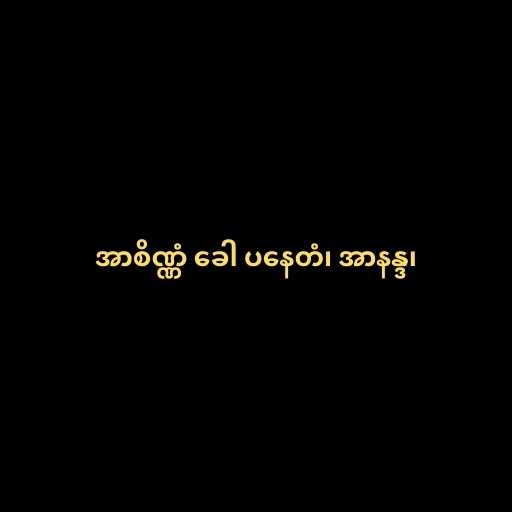
အာစိဏ္ဏံ ခေါ ပနေတံ၊ အာနန္ဒ၊